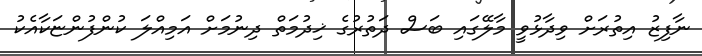
ނާފިޒު އިތުރަށް ވިދާޅުވީ މާލޭގައި ބަސް ދަތުރުގެ ޚިދުމަތް ދިނުމަށް އަމިއްލަ ކުންފުންޏަކާއެކު